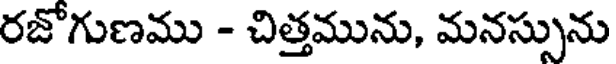
రజోగుణము - చిత్తమును, మనస్సును